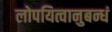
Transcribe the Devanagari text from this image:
लोपयित्वानुबन्धं